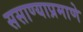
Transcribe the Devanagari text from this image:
ससाण्याप्रमाणे